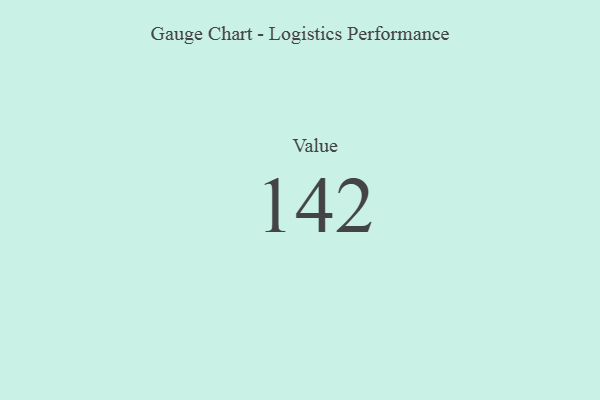
{"axis": {"x": "Metric", "y": "Value"}, "legend": [""], "data": [{"x": "Value", "y": 142, "type": ""}]}